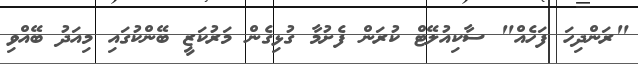
"ރަންދިހަ ފަހެއް" ސާކިއުލޭޓް ކުރަން ފެށުމާ ގުޅިގެން މަރުކަޒީ ބޭންކުގައި މިއަދު ބޭއްވި